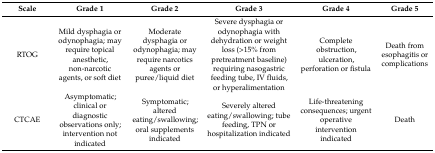
| Scale | Grade 1 | Grade 2 | Grade 3 | Grade 4 | Grade 5 |
 | --- | --- | --- | --- | --- | --- |
 | RTOG | Mild dysphagia or odynophagia; may require topical anesthetic, non-narcotic agents, or soft diet | Moderate dysphagia or odynophagia; may require narcotics agents or puree/liquid diet | Severe dysphagia or odynophagia with dehydration or weight loss (>15% from pretreatment baseline) requiring nasogastric feeding tube, IV fluids, or hyperalimentation | Complete obstruction, ulceration, perforation or fistula | Death from esophagitis or complications |
 | CTCAE | Asymptomatic; clinical or diagnostic observations only; intervention not indicated | Symptomatic; altered eating/swallowing; oral supplements indicated | Severely altered eating/swallowing; tube feeding, TPN or hospitalization indicated | Life-threatening consequences; urgent operative intervention indicated | Death |